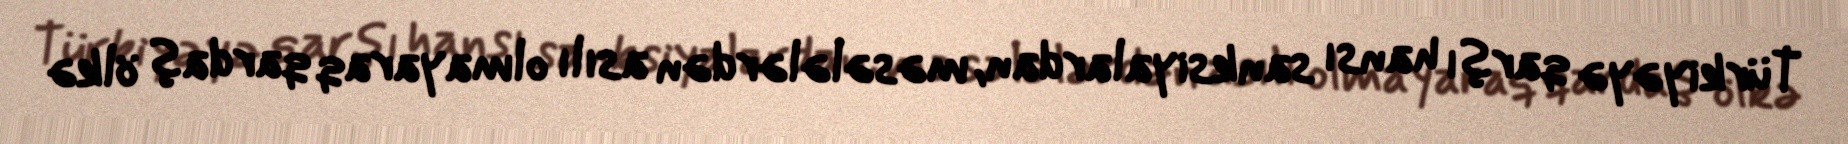
Türkiyəyə qarşı hansı sanksiyalardan, məsələlərdən asılı olmayaraq qardaş ölkə